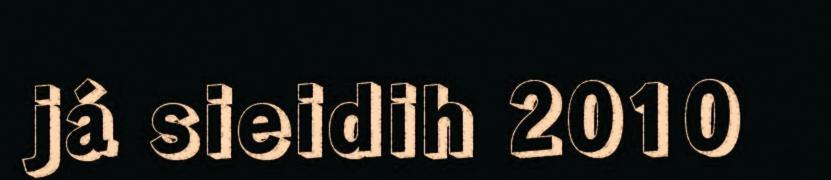
já sieidih 2010